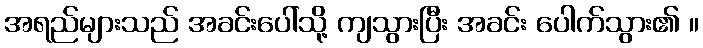
အရည်များသည် အခင်းပေါ်သို့ ကျသွားပြီး အခင်း ပေါက်သွား၏ ။